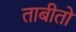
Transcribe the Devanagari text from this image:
ताबीतो